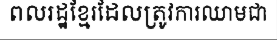
ពលរដ្ឋខ្មែរដែលត្រូវការឈាមជា